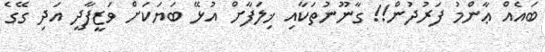
ބައެއް ޢާންމު ފަރުދުން!! ގާނޫނުތަކާއި ޚިލަފާށް އުޅޭ ބަޔަކަށް ވަޒީފާދީ އަދި ގޭގެ